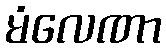
မံလေဏာ